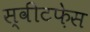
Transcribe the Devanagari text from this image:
स्वीटफ़ेस